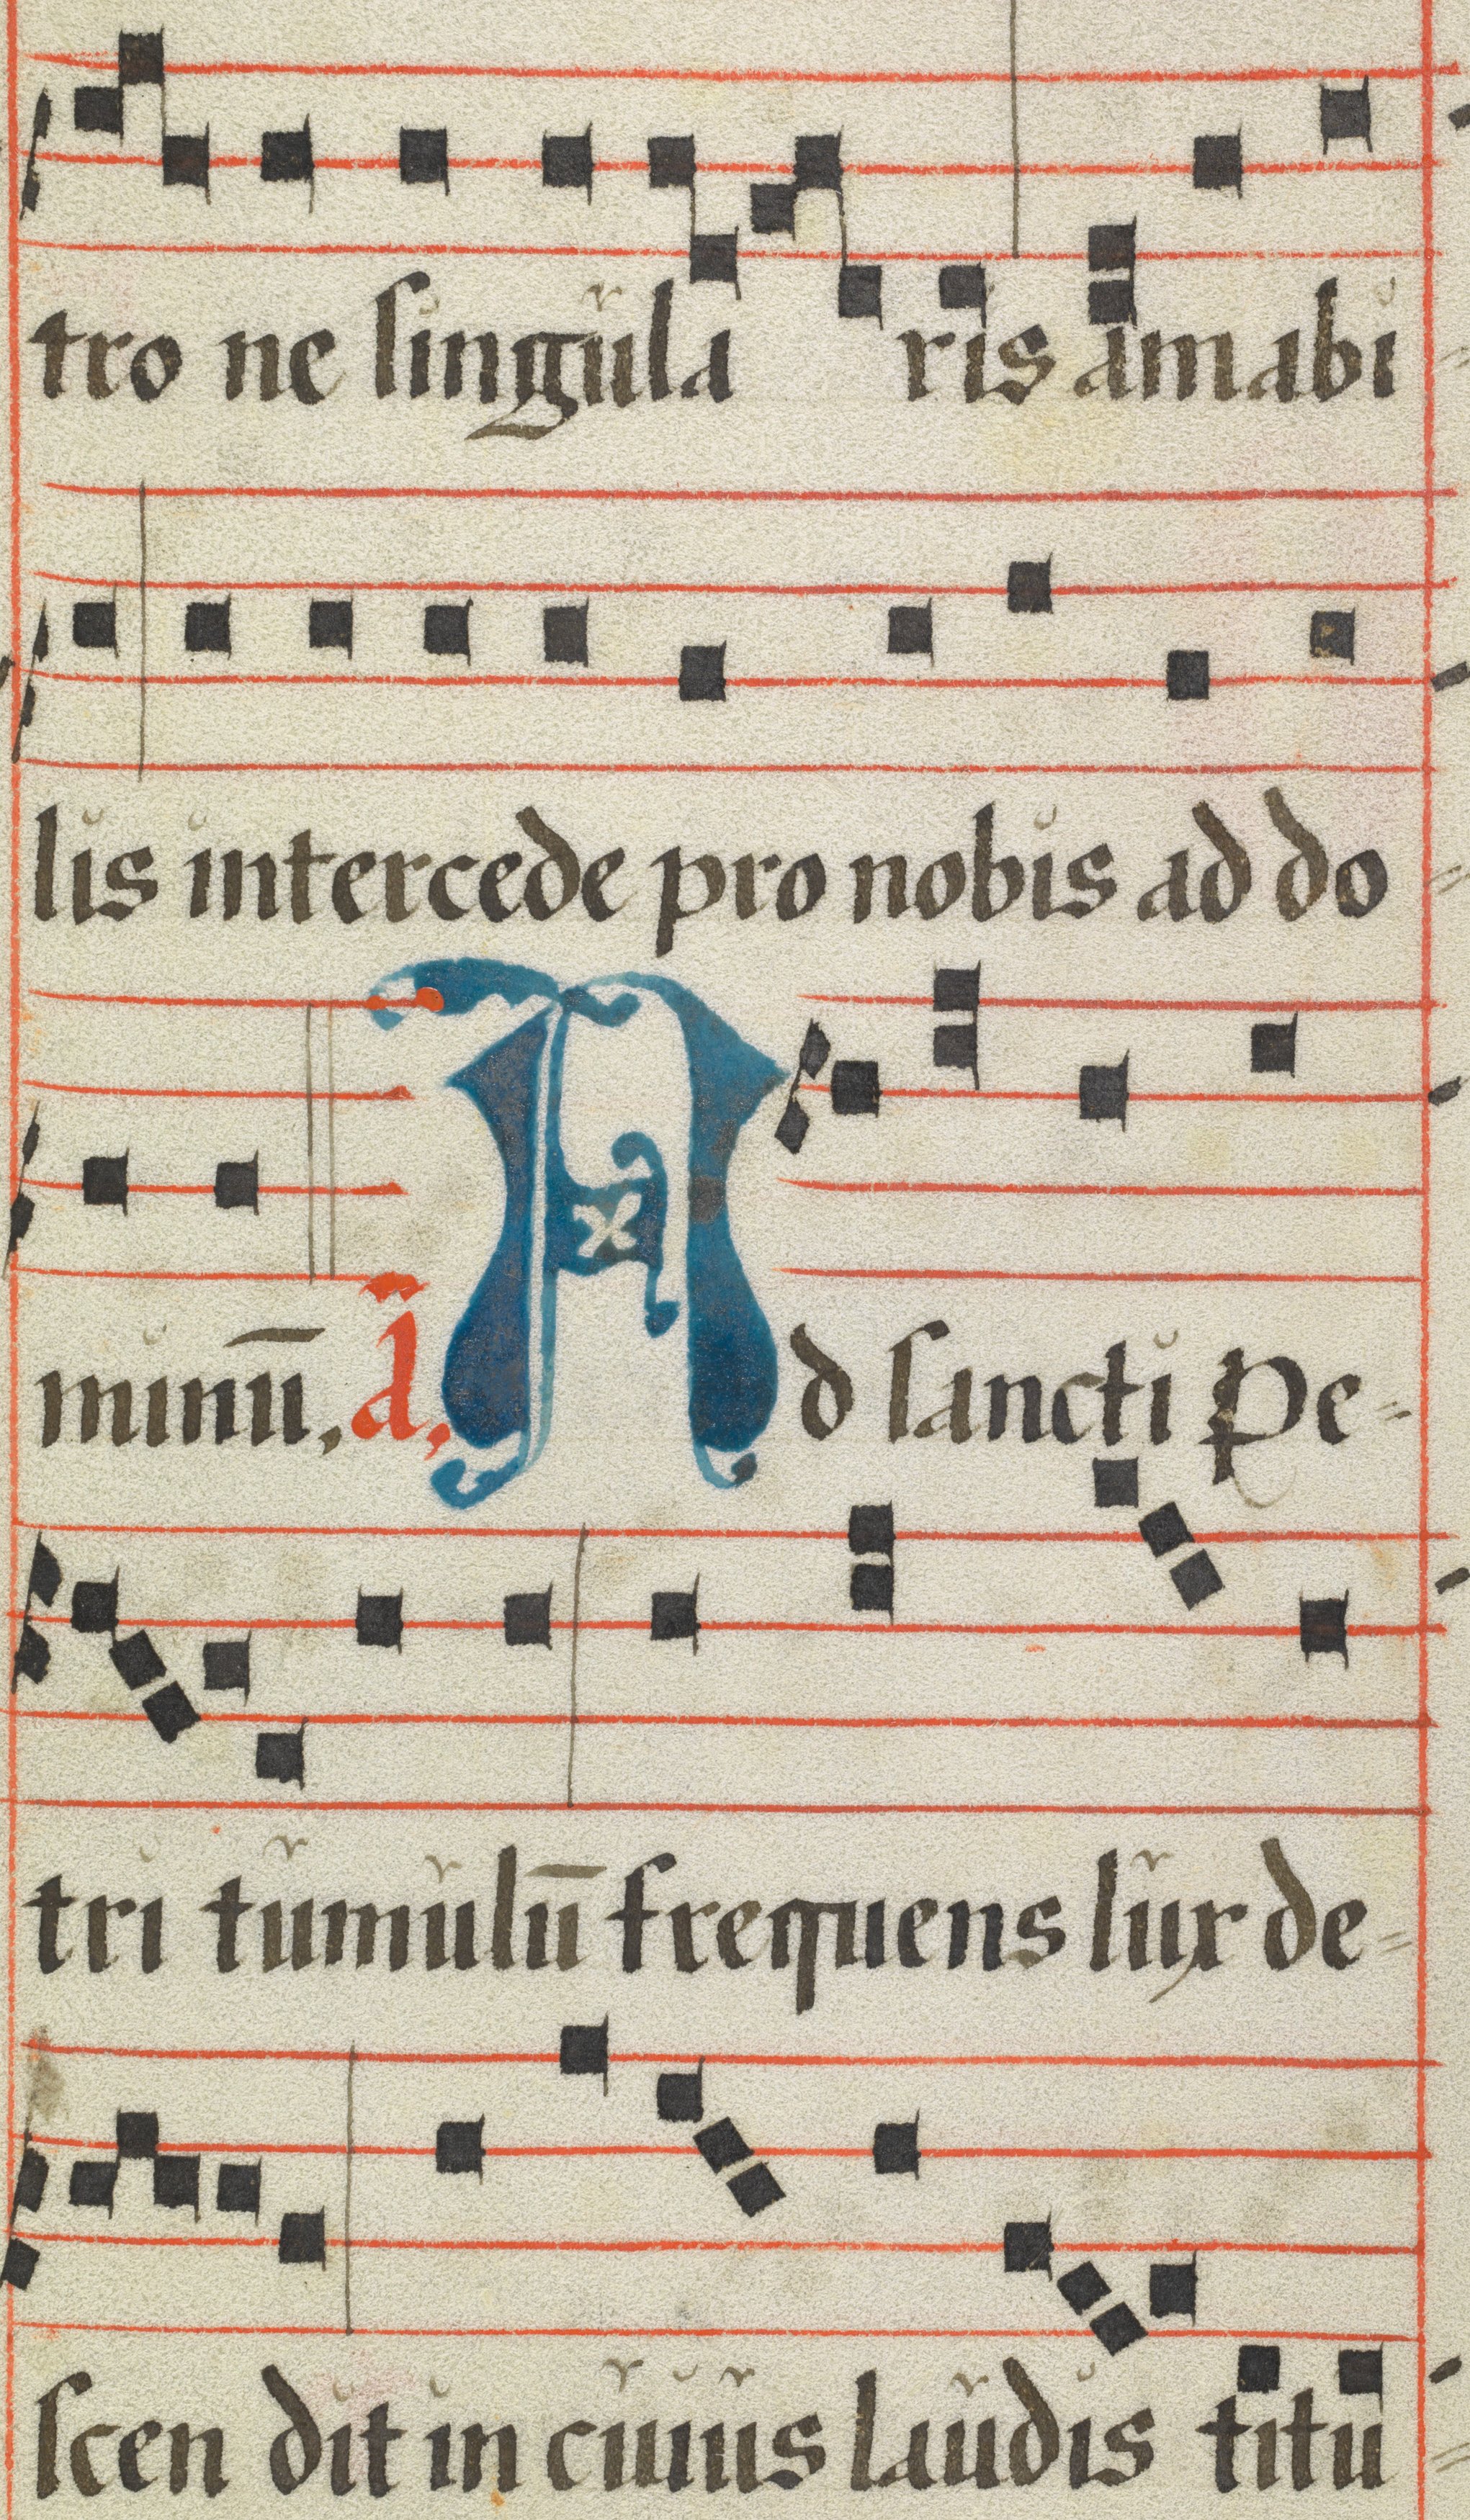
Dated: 1425–1449